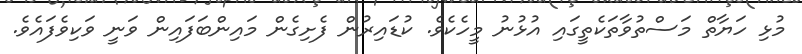
މުޅި ހަޔާތް މަސްތުވާތަކެތީގައި އުޅުނު މީހެކެވެ. ކުޑައިރުން ފެށިގެން މައިންބަފައިން ވަނީ ވަކިވެފައެވެ.